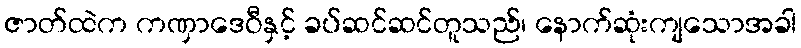
ဇာတ်ထဲက ကဏှာဒေဝီနှင့် ခပ်ဆင်ဆင်တူသည်၊ နောက်ဆုံးကျသောအခါ